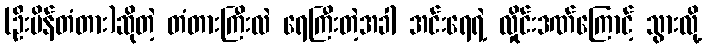
(ဦးပိန်တံတား)ဆိုတဲ့ တံတားကြီးလဲ ရေကြီးတဲ့အခါ အင်းရေရဲ့ လှိုင်းဒဏ်ကြောင့် သွားလို့